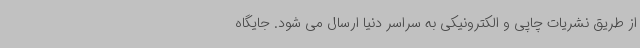
از طریق نشریات چاپی و الکترونیکی به سراسر دنیا ارسال می شود. جایگاه